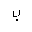
Letter: _ba